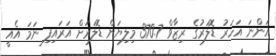
އަންނަ އަހަރު ޑޮލަރުގެ ރިޒާވް 370.7 މިލިޔަން ޑޮލަރަށް އަރައިފި ނަމަ އެއީ